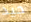
جيد